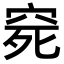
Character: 𥥱